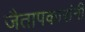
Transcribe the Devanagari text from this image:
जैतापकारांनी